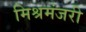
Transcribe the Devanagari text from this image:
मिश्रमंजरी